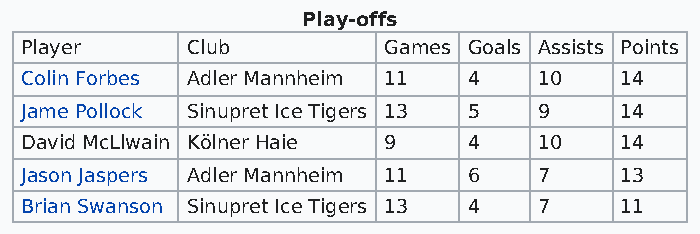
Play-offs
 Player     Club         Games Goals Assists Points
 Colin Forbes Adler Mannheim 11 4   10   14
 Jame Pollock Sinupret Ice Tigers 13 5 9 14
 David McLlwain Kölner Haie 9  4    10   14
 Jason Jaspers Adler Mannheim 11 6  7    13
 Brian Swanson Sinupret Ice Tigers 13 4 7 11